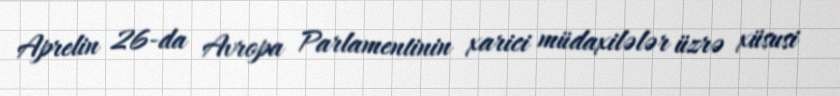
Aprelin 26-da Avropa Parlamentinin xarici müdaxilələr üzrə xüsusi